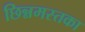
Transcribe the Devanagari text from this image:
छिन्नमस्तका